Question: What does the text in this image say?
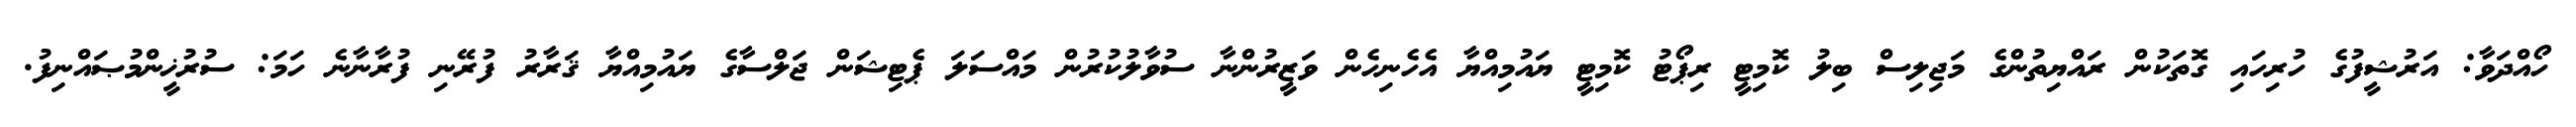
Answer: ހޯއްދަވާ: އަރުޝީފުގެ ހުރިހައި ގޮތަކުން ރައްޔިތުންގެ މަޖިލިސް ބިލު ކޮމިޓީ ރިޕޯޓު ކޮމިޓީ ޔައުމިއްޔާ އެހެނިހެން ވަޒީރުންނާ ސުވާލުކުރުން މައްސަލަ ޕެޓިޝަން ޖަލްސާގެ ޔައުމިއްޔާ ޤަރާރު ފުރޭނި ފުރާނާނެ ހަމަ: ސުރުޚީންމުޞައްނިފު.